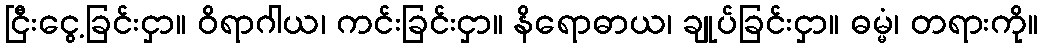
ငြီးငွေ့ခြင်းငှာ။ ဝိရာဂါယ၊ ကင်းခြင်းငှာ။ နိရောဓာယ၊ ချုပ်ခြင်းငှာ။ ဓမ္မံ၊ တရားကို။